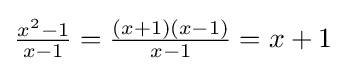
{\textstyle {\frac {x^{2}-1}{x-1}}={\frac {(x+1)(x-1)}{x-1}}=x+1}